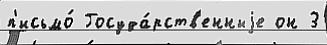
п'исьмо́ Госуда́рств'енныjе он 3